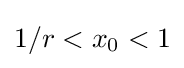
1/r<x_{0}<1